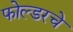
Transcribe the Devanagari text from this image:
फोल्डरचे